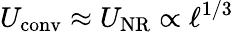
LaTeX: U_{\mathrm{conv}}\approx U_{\mathrm{NR}}\propto\ell^{1/3}